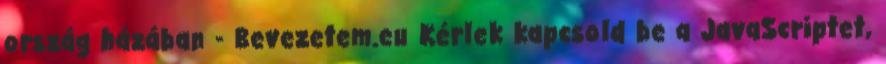
ország házában - Bevezetem.eu Kérlek kapcsold be a JavaScriptet,